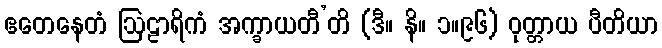
ဧတေနေတံ ဩဠာရိကံ အက္ခာယတီ’တိ (ဒီ။ နိ။ ၁။၉၆) ဝုတ္တာယ ပီတိယာ